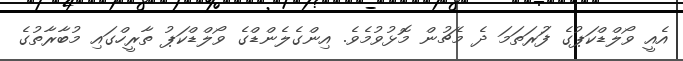
އެއީ ވޯލްޑްކަޕުގެ ފުަރަތަމަ ދެ މެޗުން މޮޅުވުމެވެ. އިންގެލެންޑްގެ ވޯލްޑްކަޕު ތާރީހްގައި މުބާރާތުގެ